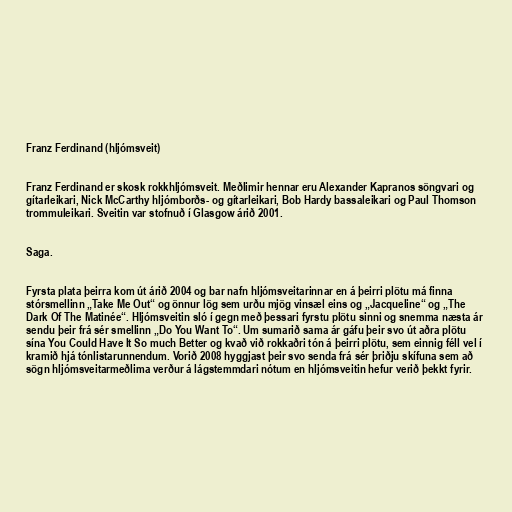
Franz Ferdinand (hljómsveit)

Franz Ferdinand er skosk rokkhljómsveit. Meðlimir hennar eru Alexander Kapranos söngvari og
gítarleikari, Nick McCarthy hljómborðs- og gítarleikari, Bob Hardy bassaleikari og Paul Thomson
trommuleikari. Sveitin var stofnuð í Glasgow árið 2001.

Saga.

Fyrsta plata þeirra kom út árið 2004 og bar nafn hljómsveitarinnar en á þeirri plötu má finna
stórsmellinn „Take Me Out“ og önnur lög sem urðu mjög vinsæl eins og „Jacqueline“ og „The
Dark Of The Matinée“. Hljómsveitin sló í gegn með þessari fyrstu plötu sinni og snemma næsta ár
sendu þeir frá sér smellinn „Do You Want To“. Um sumarið sama ár gáfu þeir svo út aðra plötu
sína You Could Have It So much Better og kvað við rokkaðri tón á þeirri plötu, sem einnig féll vel í
kramið hjá tónlistarunnendum. Vorið 2008 hyggjast þeir svo senda frá sér þriðju skífuna sem að
sögn hljómsveitarmeðlima verður á lágstemmdari nótum en hljómsveitin hefur verið þekkt fyrir.